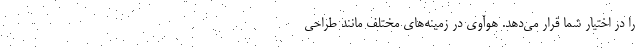
را در اختیار شما قرار می‌دهد. هوآوی در زمینه‌های مختلف مانند طراحی